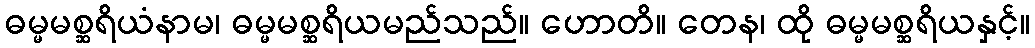
ဓမ္မမစ္ဆရိယံနာမ၊ ဓမ္မမစ္ဆရိယမည်သည်။ ဟောတိ။ တေန၊ ထို ဓမ္မမစ္ဆရိယနှင့်။